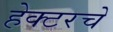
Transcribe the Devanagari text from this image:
हेक्टरचे